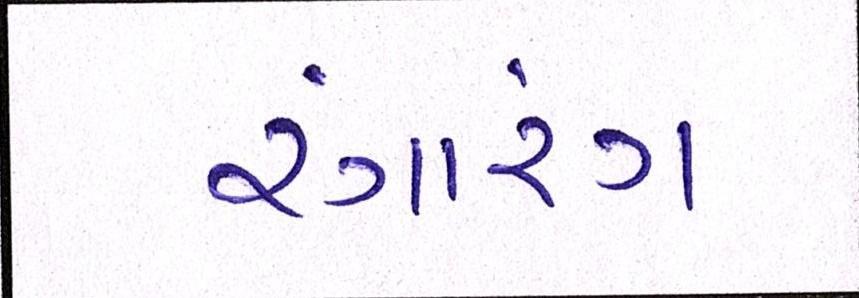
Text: રંગારંગ